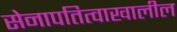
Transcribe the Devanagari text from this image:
सेनापतित्वाखालील